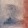
Text: 2